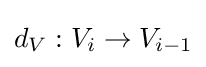
d_{V}:V_{i}\to V_{i-1}